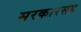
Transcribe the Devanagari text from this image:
सरकारसह